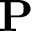
{ \bf P }